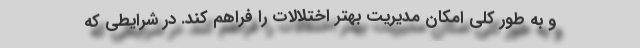
و به طور کلی امکان مدیریت بهتر اختلالات را فراهم کند. در شرایطی که